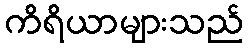
ကိရိယာများသည်